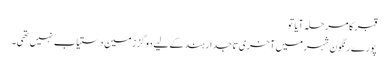
قبر کا مرحلہ آیا تو
پورے رنگون شہر میں آخری تاجدار ہند کے لیے دوگز زمین دستیاب نہیں تھی۔